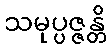
သမုပ္ပဇ္ဇန္တိ